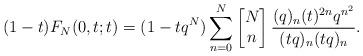
LaTeX: \begin{align*} (1-t)F_N(0,t;t)= (1-tq^N)\sum_{n=0}^{N} \begin{bmatrix} N\\ n \end{bmatrix}\frac{(q)_n(t)^{2n}q^{n^2}}{(tq)_n(tq)_n}. \end{align*}